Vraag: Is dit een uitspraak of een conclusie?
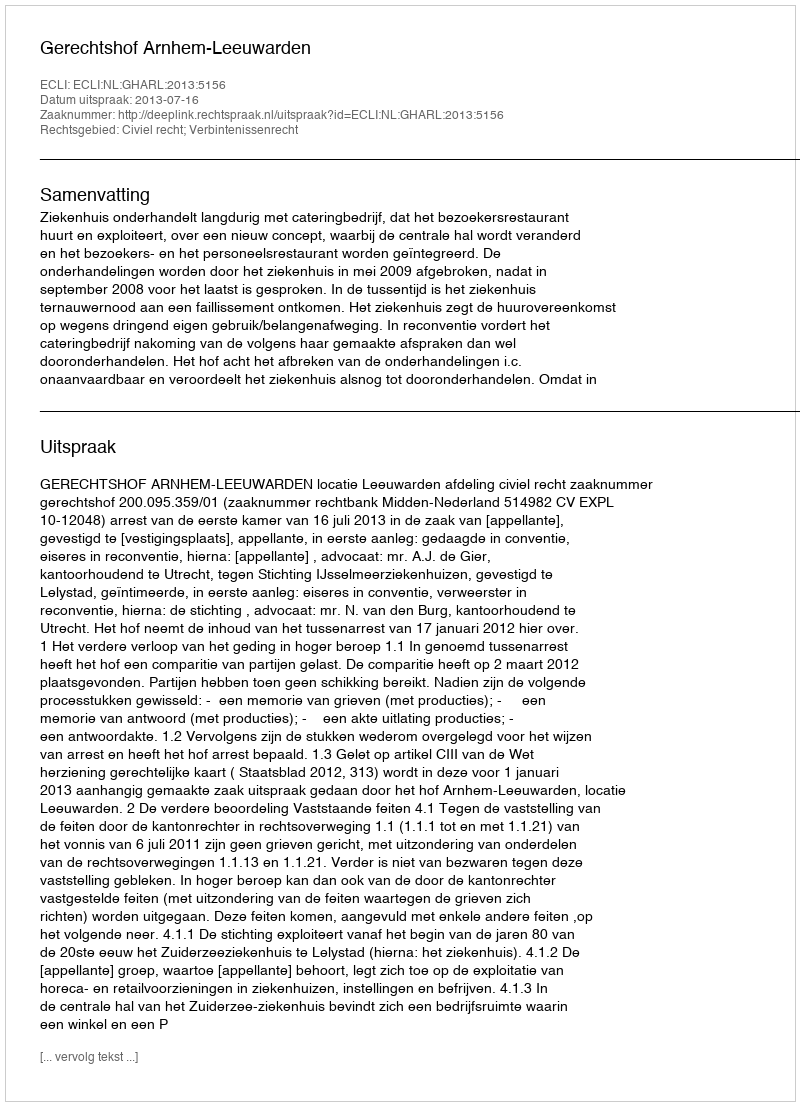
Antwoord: Uitspraak